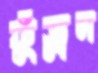
ফুঁড়ুন